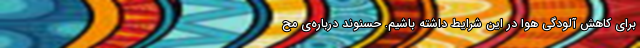
برای کاهش آلودگی هوا در این شرایط داشته باشیم. حسنوند درباره‌ی مح